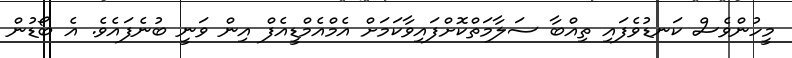
މީހުންވެސް ކަނޑުވެފައި ތިއްބާ ސަލާމަތްކޮށްފައިވާކަމަށް އެމްއެމްޑީއެފް އިން ވަނީ ބުނެފައެވެ. އެ ބޯޑުން